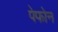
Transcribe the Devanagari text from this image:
पेफोन